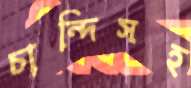
চান্দিসহ